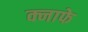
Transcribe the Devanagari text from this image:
क्नाफे